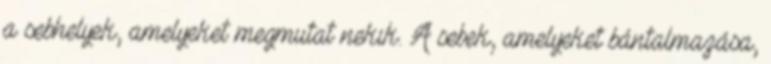
a sebhelyek, amelyeket megmutat nekik. A sebek, amelyeket bántalmazása,